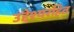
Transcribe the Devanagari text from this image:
उद्देश्यरहित